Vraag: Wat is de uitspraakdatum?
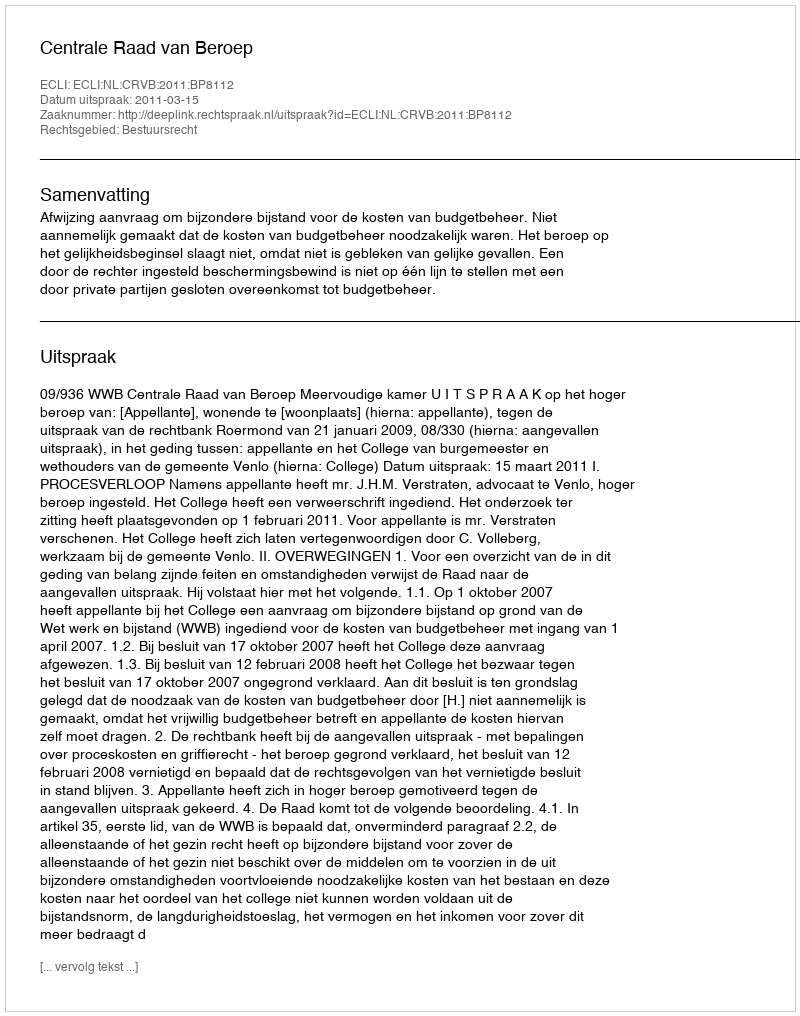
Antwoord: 2011-03-15